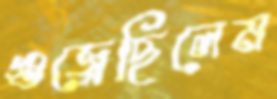
গুজ্‌রেছিলেম